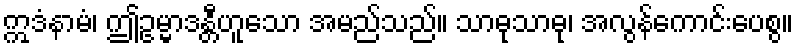
ဣဒံနာမံ၊ ဤဥမ္မာဒန္တီဟူသော အမည်သည်။ သာဓုသာဓု၊ အလွန်ကောင်းပေစွ။